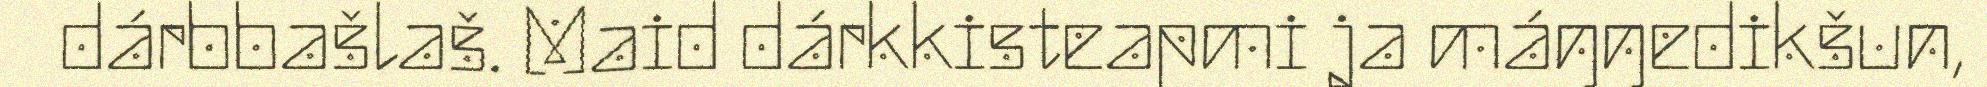
dárbbašlaš. Maid dárkkisteapmi ja máŋŋedikšun,